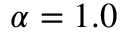
\alpha = 1 . 0